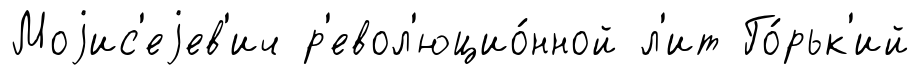
Моjис'еjев'ич р'евол'юцио́нной л'ит Го́рьк'ий